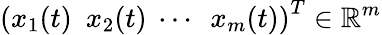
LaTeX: \left(x_{1}(t)\ \ x_{2}(t)\ \cdots\ \ x_{m}(t)\right)^{T}\in\mathbb{R}^{m}